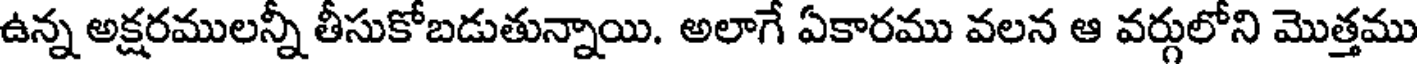
ఉన్న అక్షరములన్నీ తీసుకోబడుతున్నాయి. అలాగే ఏకారము వలన ఆ వర్గులోని మొత్తము